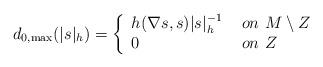
LaTeX: \begin{align*}d_{0,\max}(|s|_h)= \left\{\begin{array}{ll}h(\nabla s,s)|s|^{-1}_h\ & on\ M\setminus Z\\0 & on\ Z\end{array}\right.\end{align*}